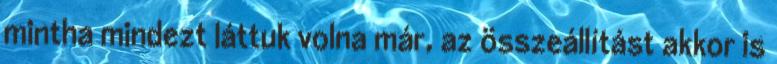
mintha mindezt láttuk volna már, az összeállítást akkor is